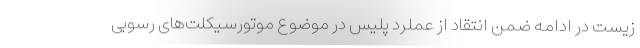
زیست در ادامه ضمن انتقاد از عملرد پلیس در موضوع موتورسیکلت‌های رسوبی